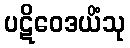
ပဋိဝေဒယိံသု